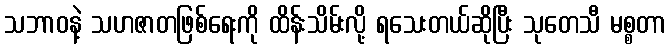
သဘာဝနဲ့ သဟဇာတဖြစ်ရေးကို ထိန်းသိမ်းလို့ ရသေးတယ်ဆိုပြီး သုတေသီ မစ္စတာ